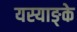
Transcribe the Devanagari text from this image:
यस्याङ्के